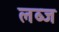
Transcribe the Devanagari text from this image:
लब्ज